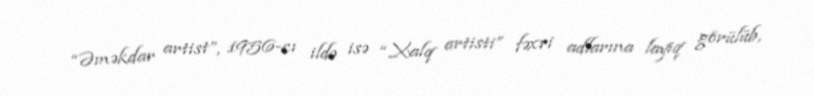
“Əməkdar artist”, 1956-cı ildə isə “Xalq artisti” fəxri adlarına layiq görülüb,